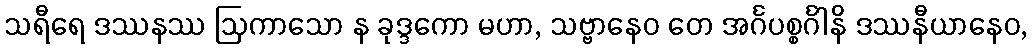
သရီရေ ဒဿနဿ ဩကာသော န ခုဒ္ဒကော မဟာ, သဗ္ဗာနေဝ တေ အင်္ဂပစ္စင်္ဂါနိ ဒဿနီယာနေဝ,